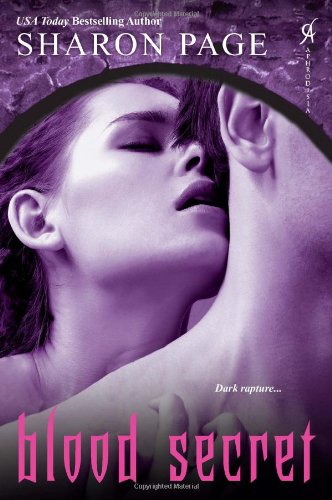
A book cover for Blood Secret; Sharon Page; Romance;